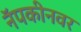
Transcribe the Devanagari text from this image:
नॅपकीनवर